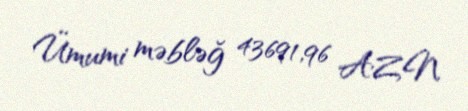
Ümumi məbləğ 43691,96 AZN